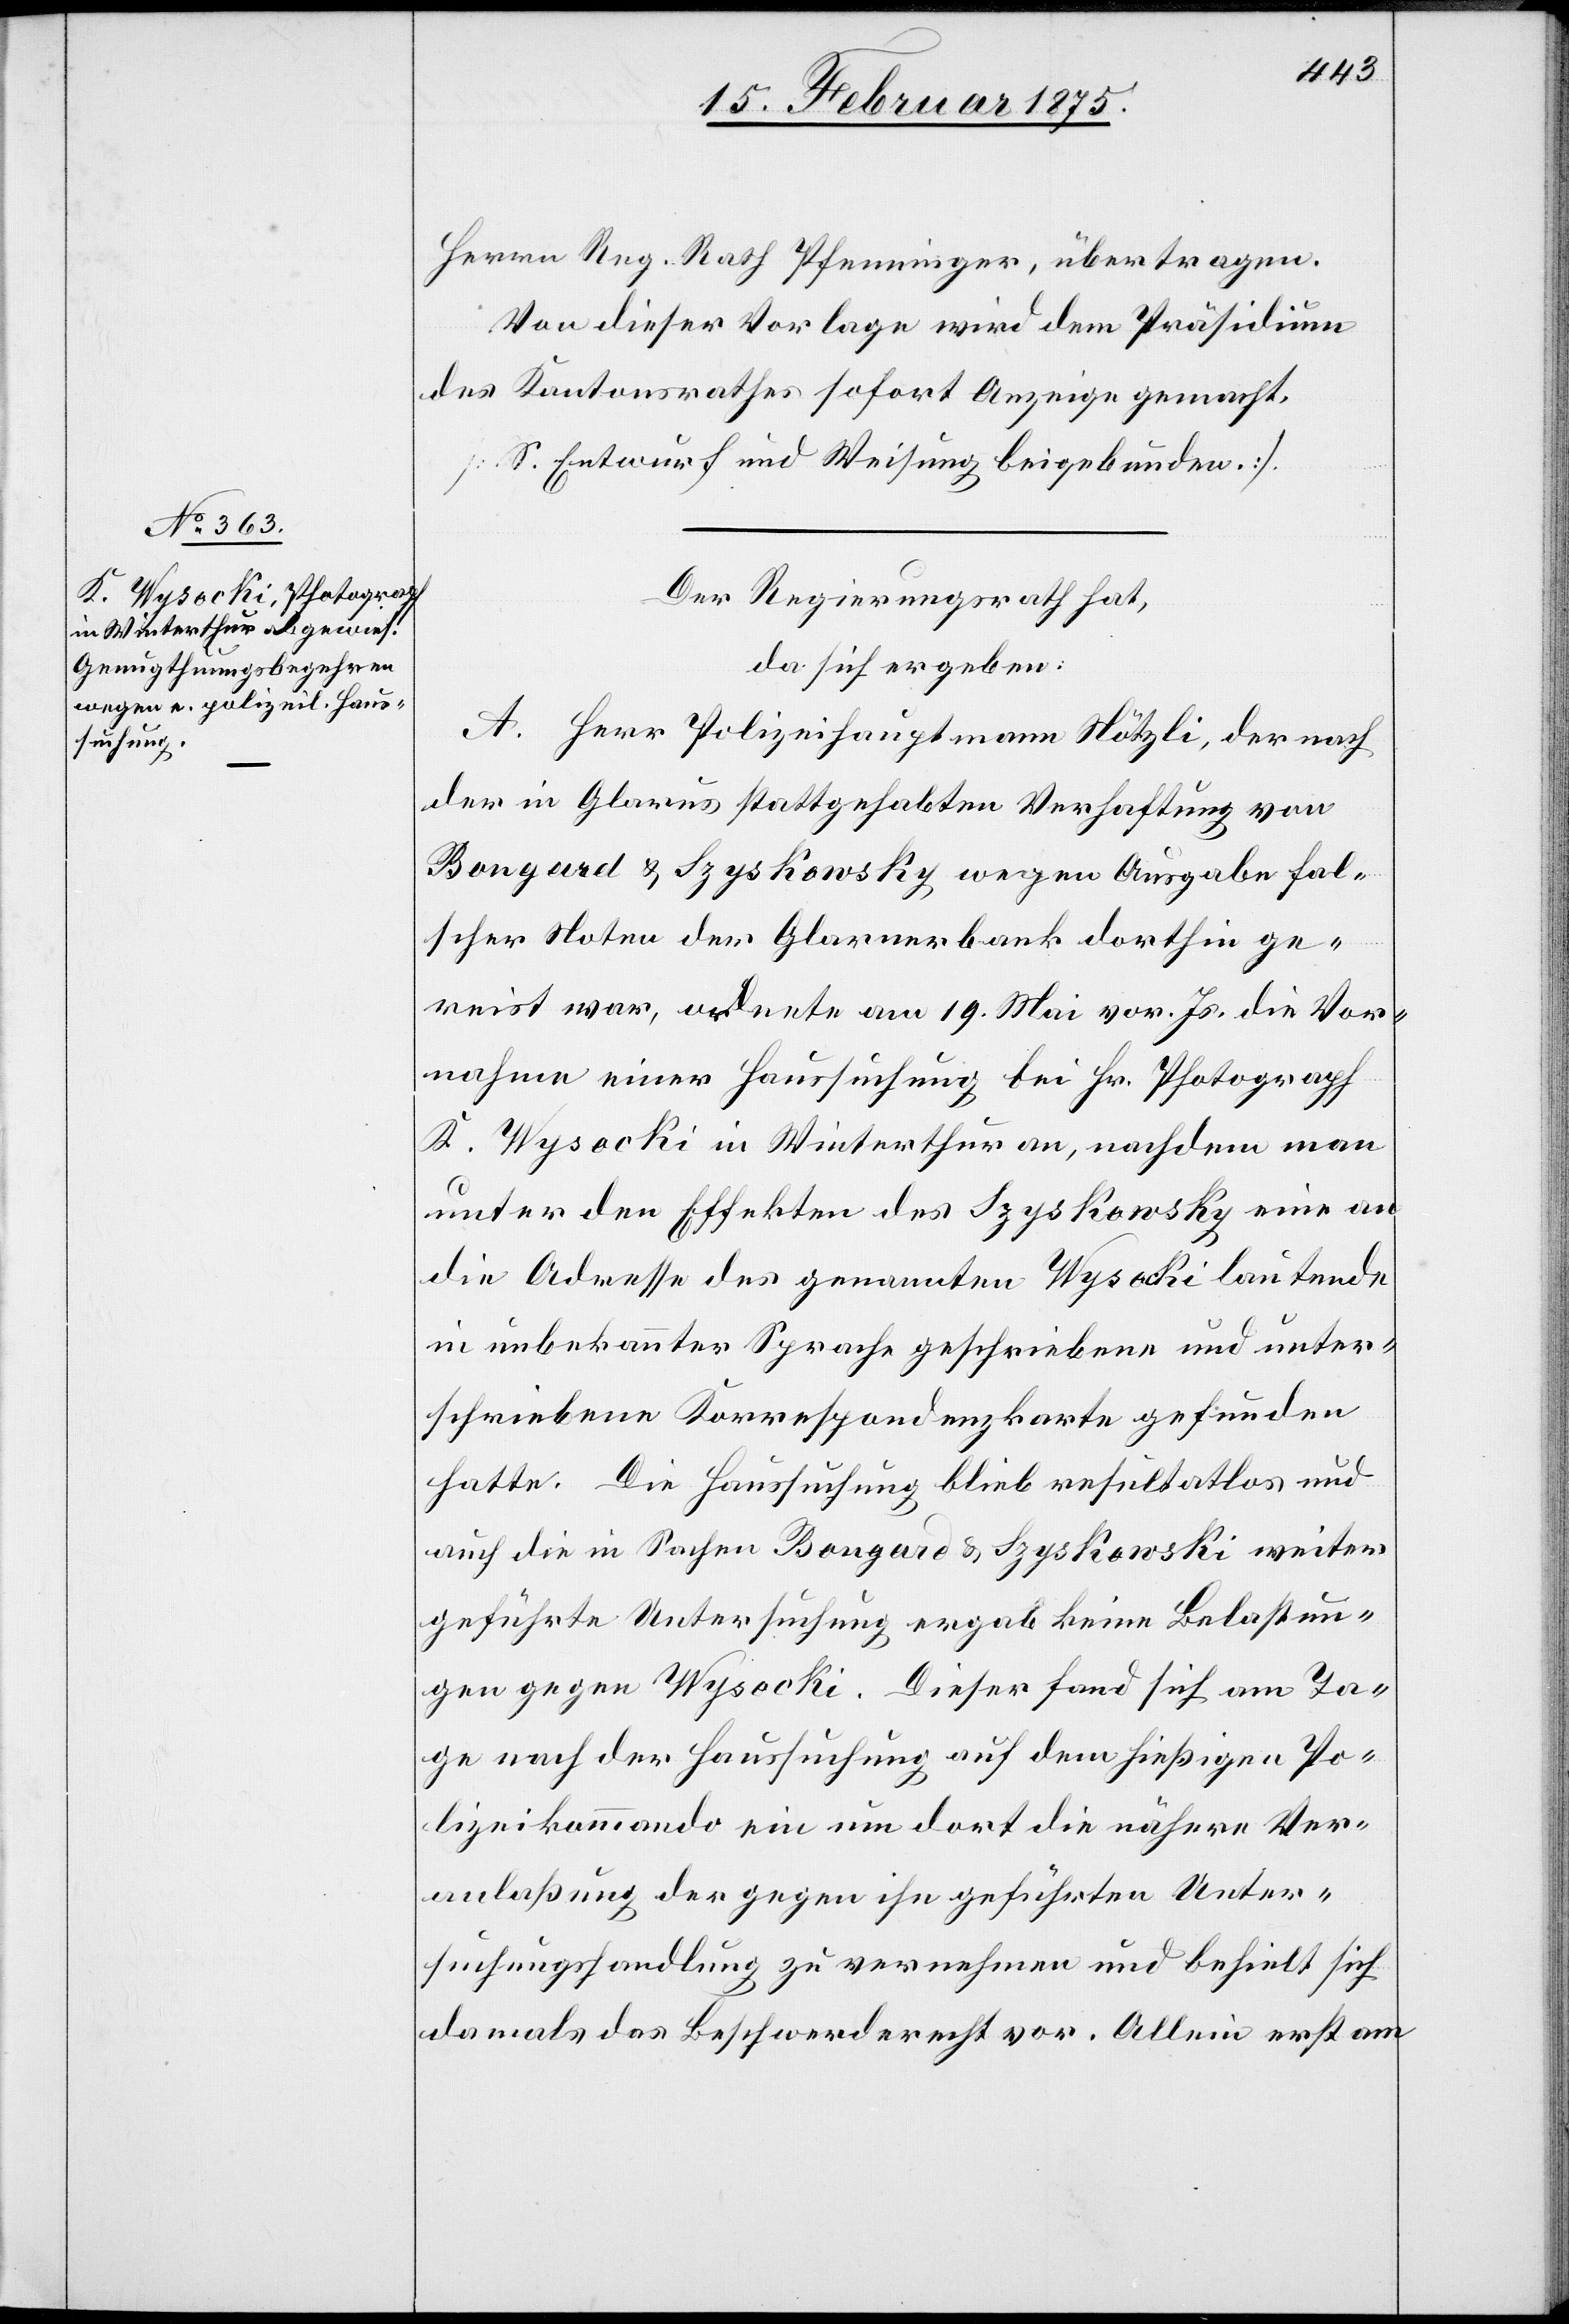
Herrn Reg. Rath Pfenninger, übertragen.
Von dieser Vorlage wird dem Präsidium
des Kantonsrathes sofort Anzeige gemacht.
(S. Entwurf und Weisung beigebunden.)
Der Regierungsrath hat,
da sich ergeben:
A. Herr Polizeihauptmann Nötzli, der nach
der in Glarus stattgehabten Verhaftung von
Bongard & Szyskowsky wegen Ausgabe fal¬
scher Noten der Glarnerbank dorthin ge¬
reist war, ordnete am 19. Mai vor. Js. die Vor¬
nahme einer Haussuchung bei Hr. Photograph
K. Wysocki in Winterthur an, nachdem man
unter den Effekten des Szyskowsky eine an
die Adresse des genannten Wysocki lautende
in unbekannter Sprache geschriebene und unter¬
schriebene Korrespondenzkarte gefunden
hatte. Die Haussuchung blieb resultatlos und
auch die in Sachen Bongard & Szyskowski weiter
geführte Untersuchung ergab keine Belastun¬
gen gegen Wysocki. Dieser fand sich am Ta¬
ge nach der Haussuchung auf dem hießigen Po¬
lizeikommando ein um dort die nähere Ver¬
anlaßung der gegen ihn geführten Unter¬
suchungshandlung zu vernehmen und behielt sich
damals das Beschwerderecht vor. Allein erst am